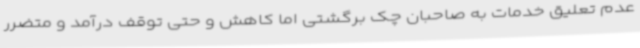
عدم تعلیق خدمات به صاحبان چک برگشتی اما کاهش و حتی توقف درآمد و متضرر